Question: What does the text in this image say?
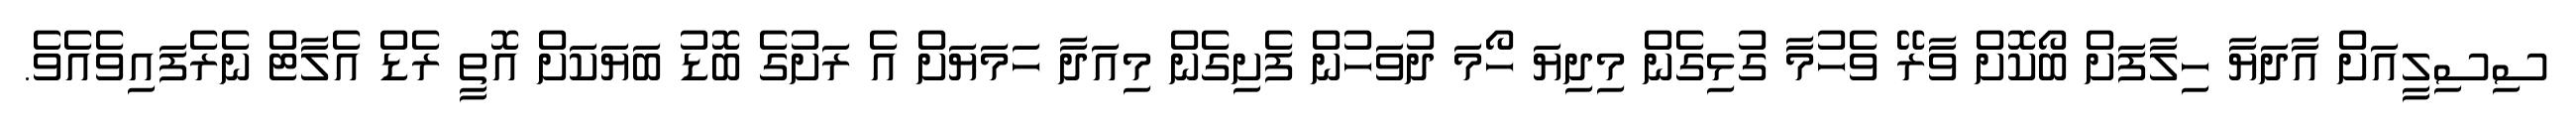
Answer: ސިސިލީއަށް އާދަޔާ ހިލާފަށް ބޯކޮށް ވާރޭ ވެހުމާ ގުޅިގެން މިދިޔަ ހޯމަ ދުވަހުން ފެށިގެން މިއަދާ ހަމަޔަށް އެ ރަށުގެ ބޮޑު ބަޔަކަށް އޮތީ ރެޑް އެލާޓް ނެރެފައިވެއެވެ.